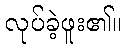
လုပ်ခဲ့ဖူး၏။